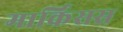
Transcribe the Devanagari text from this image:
मार्किसस